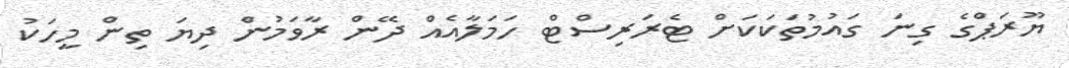
ޔޫރަޕްގެ ގިނަ ގައުމުތަކަކަށް ޓެރަރިސްޓް ހަމަލާއެއް ދޭން ރާވަމުން ދިޔަ ތިން މީހަކު